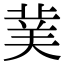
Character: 𮏖